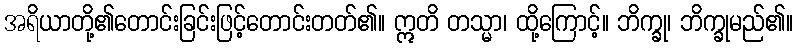
အရိယာတို့၏တောင်းခြင်းဖြင့်တောင်းတတ်၏။ ဣတိ တသ္မာ၊ ထို့ကြောင့်။ ဘိက္ခု၊ ဘိက္ခုမည်၏။